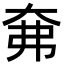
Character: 㚕